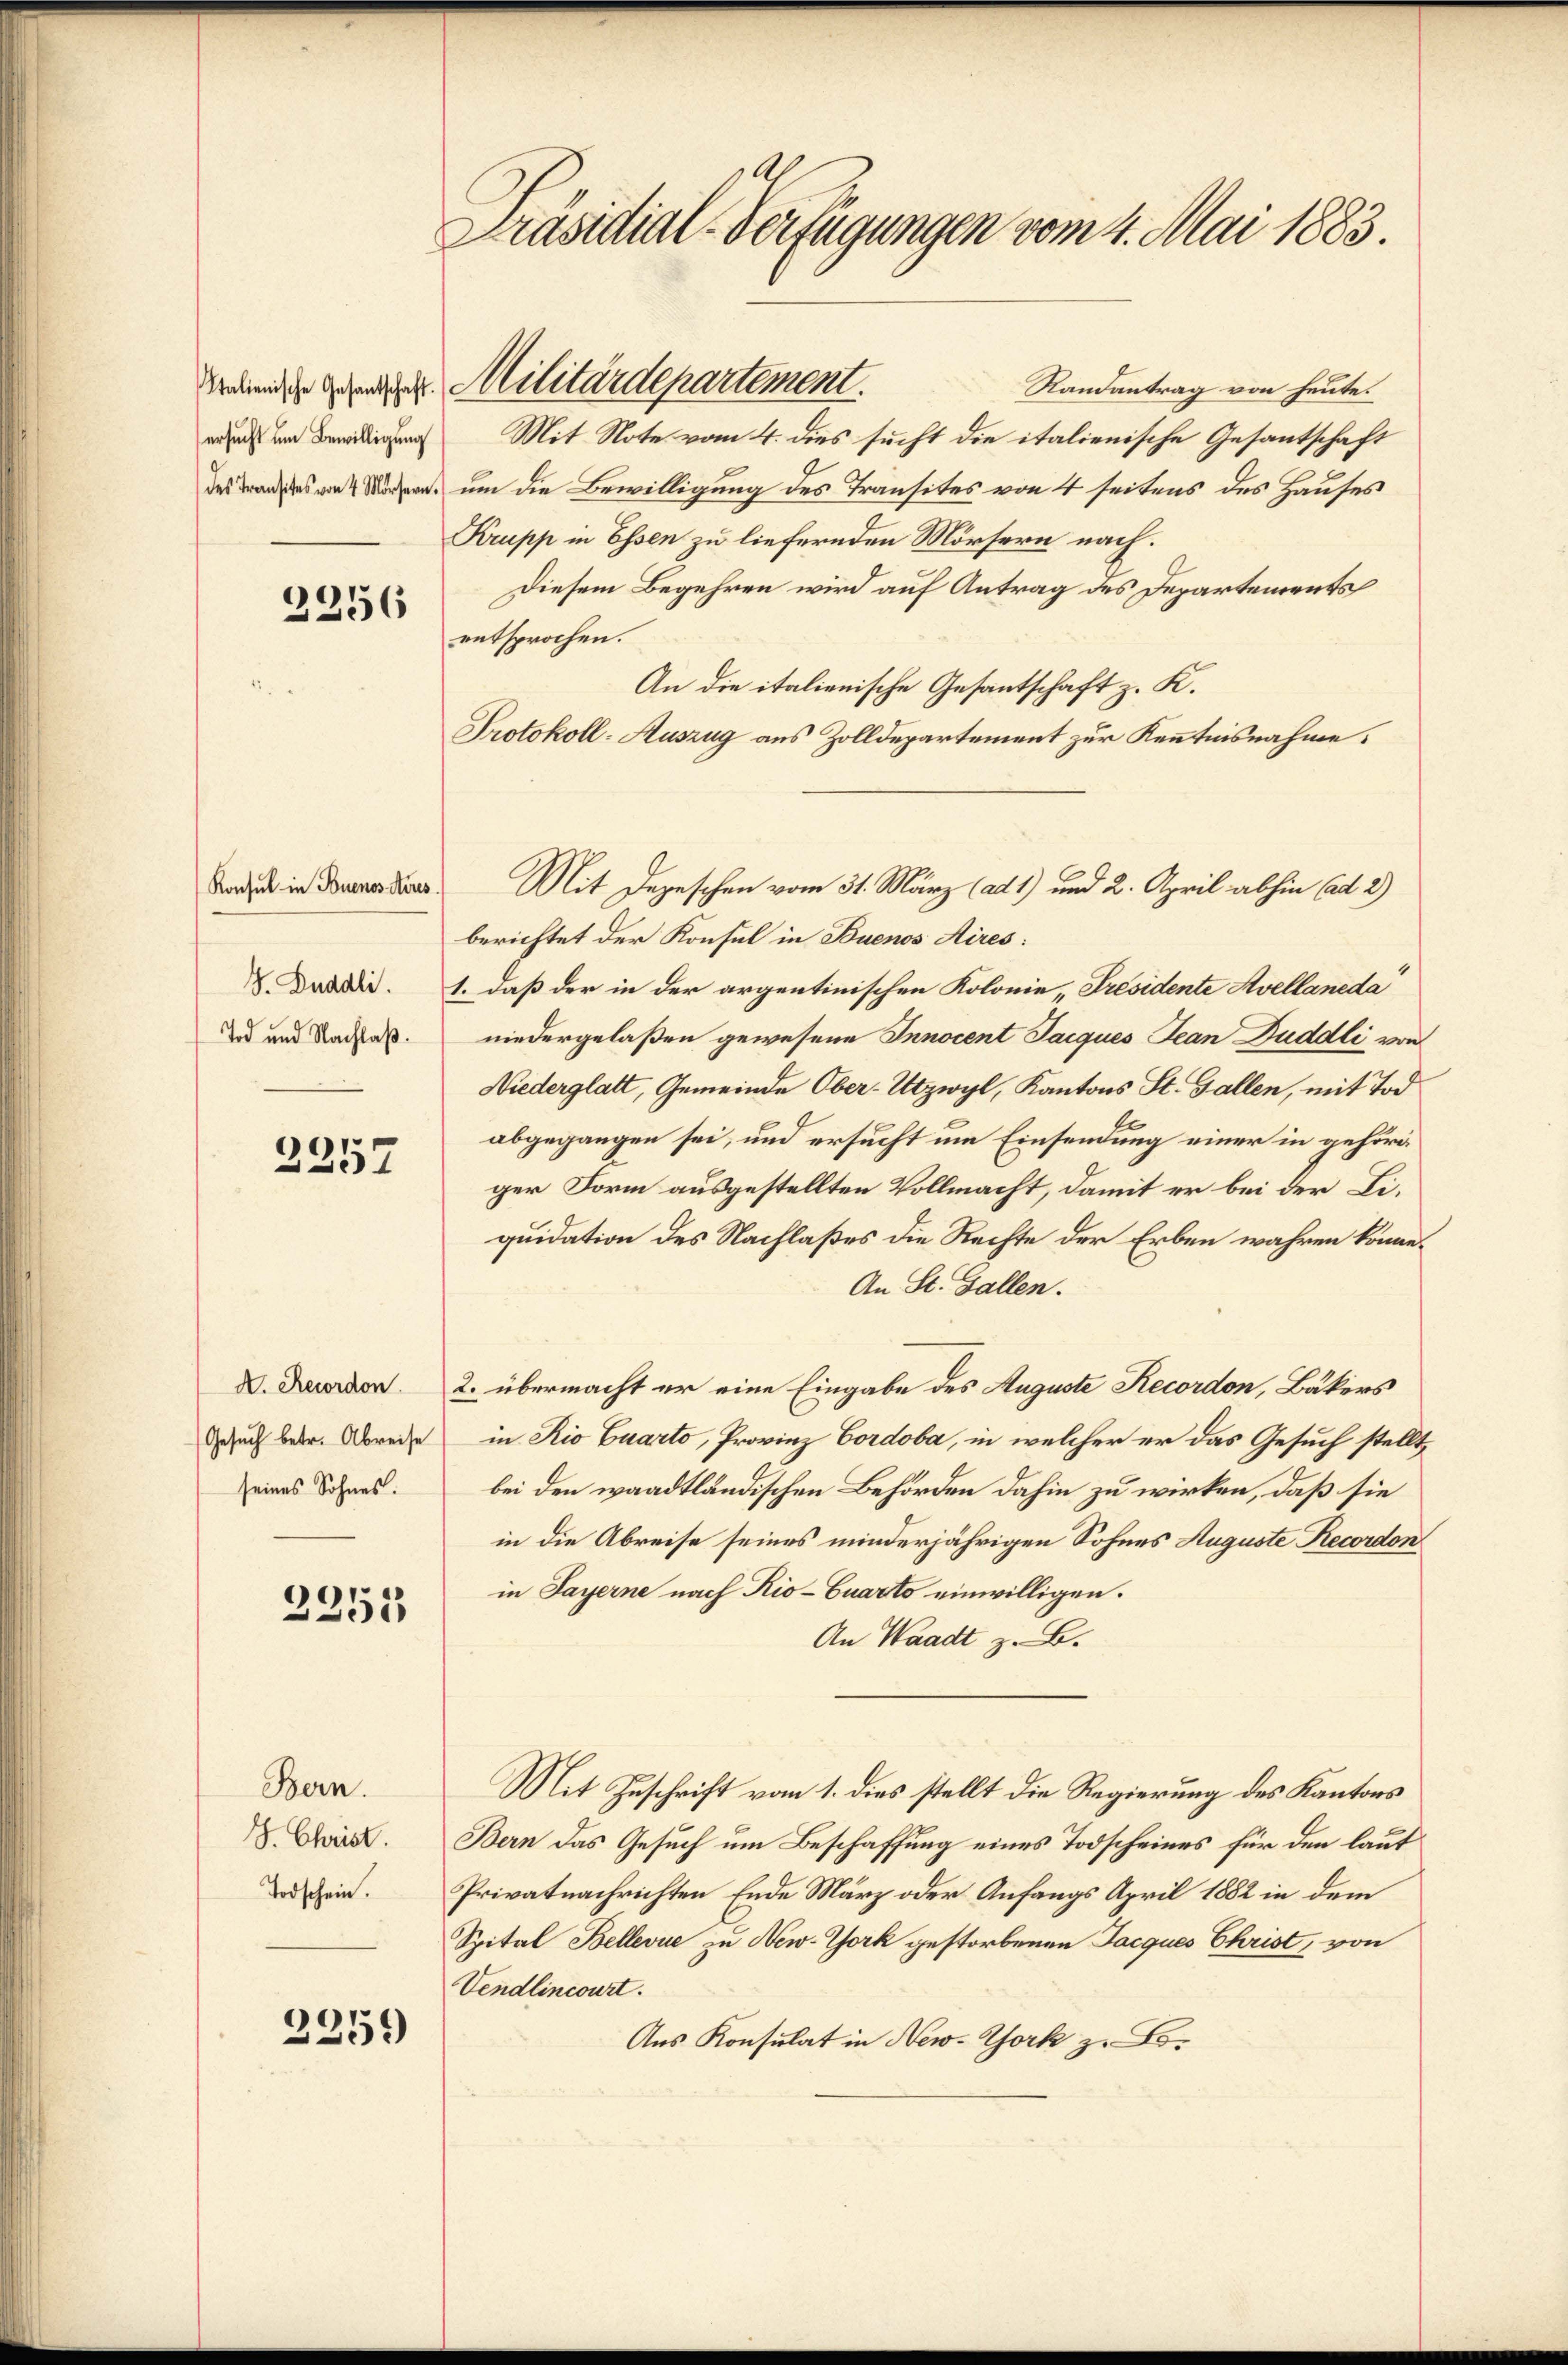
ersucht um Bewilligung

2256

Konsul in Buenos Aires.
S. Puddli.
Tod und Nachlaß.

2257

X. Recordon
Gesuch betr. Abreise
seines Sohnes.

2251

Bern.
J. Christ.
Todschein.

2259

Präsidial-Verfügungen vom 4. Mai 1883.

Randantrag von heute.
Mit Note vom 4. dies sucht die italienische Gesantschaft
s um die Bewilligung des Transites von 4 seitens des Hauses
Krupp in Essen zu liefernden Mörsern nach.
Diesem Begehren wird auf Antrag des Departements
entsprochen.
An die italienische Gesantschaft z. K.
Protokoll-Auszug aus Zolldepartement zur Kenntnisnahme.
berichtet der Konsul in Buenos Aires:
1. daß der in der argentinischen Kolonie, Présidente Avellaneda
niedergelaßen gewesene Innocent Jacques Jean Puddli von
Niederglatt, Gemeinde Ober-Utzwyl, Kantons St. Gallen, mit Tod
abgegangen sei, und ersucht um Einsendung einer in gehör
ger Form ausgestellten Vollmacht, damit er bei der Liquidation des Nachlaßes die Rechte der Erben wahren könne.
An St. Gallen.
2. übermacht er eine Eingabe des Auguste Recordon, Bäkers
in Rio Quarto, Provinz Cordoba, in welcher er das Gesuch stellt,
bei den waadtländischen Behörden dahin zu wirken, daß sie
in die Abreise seines minderjährigen Sohnes Auguste Recordon
in Payerne nach Rio-Quarto einwilligen.
An Waadt z. B.
Mit Zuschrift vom 1. dies stellt die Regierung des Kantons
Bern das Gesuch um Beschaffung eines Todscheines für den laut
Privatnachrichten Ende März oder Anfangs April 1882 in dem
Spital Bellevue zu New-York gestorbenen Jacques Christ, von
Vendlincourt.
Aus Konsulat in New-York zu Bo¬

edenden Gegende Militärdepartement.

Mit Depeschen vom 31. März (ad 1) und 2. April abhin ad 2)